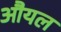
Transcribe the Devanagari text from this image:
औयल